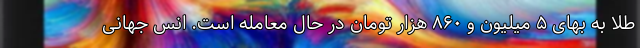
طلا به بهای ۵ میلیون و ۸۶۰ هزار تومان در حال معامله است. انس جهانی